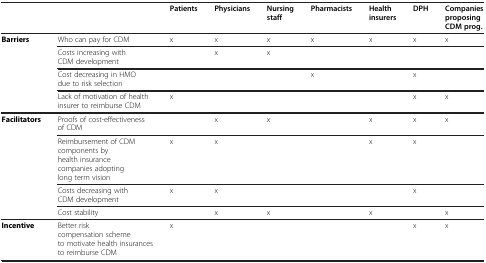
|  |  | Patients | Physicians | Nursing staff | Pharmacists | Health insurers | DPH | Companies proposing CDM prog. |
 | --- | --- | --- | --- | --- | --- | --- | --- | --- |
 | <ROWSPAN=4> Barriers | Who can pay for CDM | x | x | x | x | x | x | x |
 | Costs increasing with CDM development |  | x | x |  |  |  |  |
 | Cost decreasing in HMO due to risk selection |  |  |  | x |  | x |  |
 | Lack of motivation of health insurer to reimburse CDM | x |  |  |  |  | x | x |
 | <ROWSPAN=4> Facilitators | Proofs of cost-effectiveness of CDM |  | x | x |  | x | x | x |
 | Reimbursement of CDM components by health insurance companies adopting long term vision | x | x |  |  | x | x |  |
 | Costs decreasing with CDM development | x | x |  |  |  | x |  |
 | Cost stability |  | x | x |  | x |  | x |
 | Incentive | Better risk compensation scheme to motivate health insurances to reimburse CDM | x |  |  |  |  | x | x |